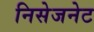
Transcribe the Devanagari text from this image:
निसेजनेट